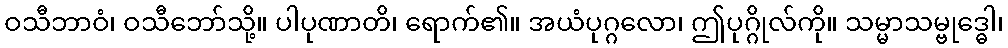
ဝသီဘာဝံ၊ ဝသီဘော်သို့။ ပါပုဏာတိ၊ ရောက်၏။ အယံပုဂ္ဂလော၊ ဤပုဂ္ဂိုလ်ကို။ သမ္မာသမ္ဗုဒ္ဓေါ၊